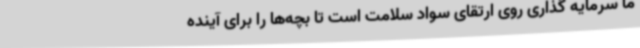
ما سرمایه گذاری روی ارتقای سواد سلامت است تا بچه‌ها را برای آینده